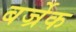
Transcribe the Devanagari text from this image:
बर्ज्रेक